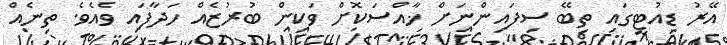
އޭރު ޑިއުޓީގައި ތިބޭ ސިފައިންނަށް ޚާއްސަކޮށް ވަކިން ބުރުޒެއް ހަދާފައި ވެއެވެ. ތިނެއް